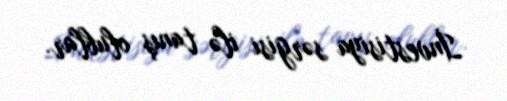
İnvestisiya sərgisi ilə tanış olublar.